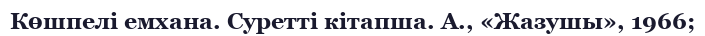
Көшпелі емхана. Суретті кітапша. А., «Жазушы», 1966;